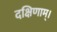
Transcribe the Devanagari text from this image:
दक्षिणाम्‌।